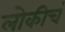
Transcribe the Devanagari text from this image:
लोकीचं